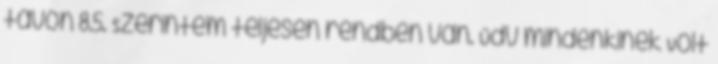
távon 8.5. Szerintem teljesen rendben van. Üdv mindenkinek Volt